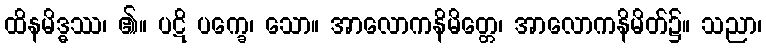
ထိနမိဒ္ဓဿ၊ ၏။ ပဋိ ပက္ခေ၊ သော။ အာလောကနိမိတ္တေ၊ အာလောကနိမိတ်၌။ သညာ၊